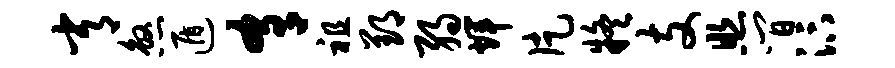
常煞遁肴祖郢弱辉片疑支照间汴